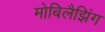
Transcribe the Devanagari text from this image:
मोबिलैझिंग